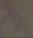
.